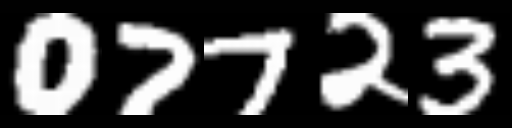
Text: 07723